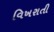
વિખરાતી